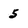
Character: 5